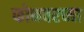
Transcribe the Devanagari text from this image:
फोनवरच्या